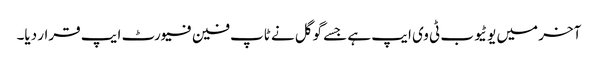
آخر میں یوٹیوب ٹی وی ایپ ہے جسے گوگل نے ٹاپ فین فیورٹ ایپ قرار دیا۔